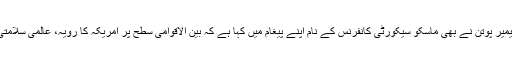
روس کے صدر ولادیمیر پوتن نے بھی ماسکو سیکورٹی کانفرنس کے نام اپنے پیغام میں کہا ہے کہ بین الاقوامی سطح پر امریکہ کا رویہ، عالمی سلامتی کے لئے خطرہ ہے۔